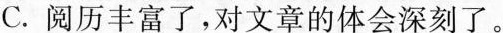
C.阅历丰富了，对文章的体会深刻了。